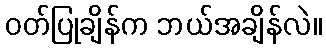
ဝတ်ပြုချိန်က ဘယ်အချိန်လဲ။